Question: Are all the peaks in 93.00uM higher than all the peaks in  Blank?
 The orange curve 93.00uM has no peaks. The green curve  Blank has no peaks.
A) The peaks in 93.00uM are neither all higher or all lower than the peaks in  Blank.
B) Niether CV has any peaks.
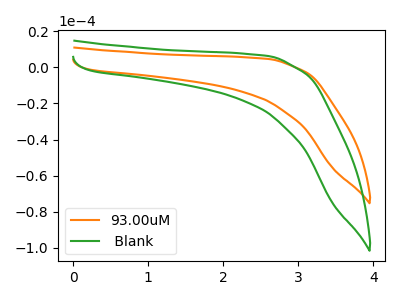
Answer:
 <answer>B) Niether CV has any peaks.</answer>
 <eval>B</eval>